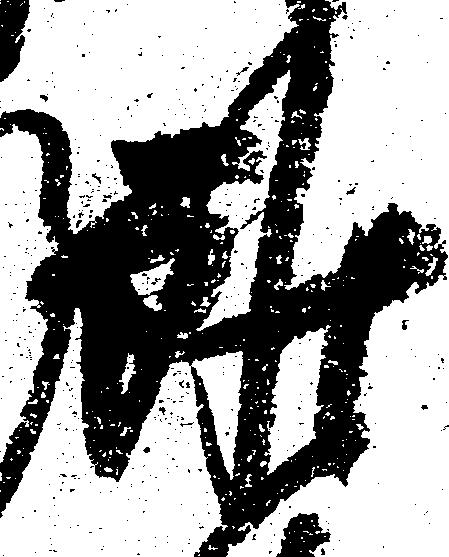
雖